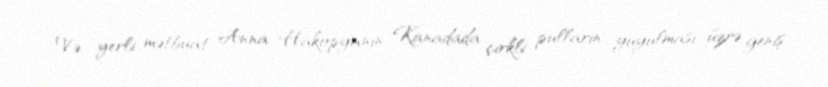
Və yerli mətbuat Anna Hakopyanın Kanadada çirkli pulların yuyulması üzrə geniş